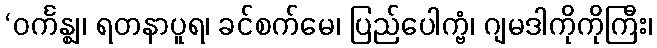
‘ဝင်္ကန္ဈ၊ ရတနာပူရ၊ ခင်စက်မေ၊ ပြည်ပေါက္ဗံ၊ ဂျမဒါကိုကိုကြီး၊